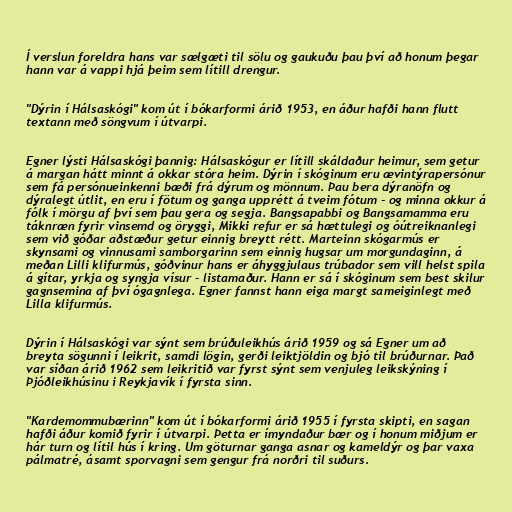
Í verslun foreldra hans var sælgæti til sölu og gaukuðu þau því að honum þegar
hann var á vappi hjá þeim sem lítill drengur.

"Dýrin í Hálsaskógi" kom út í bókarformi árið 1953, en áður hafði hann flutt
textann með söngvum í útvarpi.

Egner lýsti Hálsaskógi þannig: Hálsaskógur er lítill skáldaður heimur, sem getur
á margan hátt minnt á okkar stóra heim. Dýrin í skóginum eru ævintýrapersónur
sem fá persónueinkenni bæði frá dýrum og mönnum. Þau bera dýranöfn og
dýralegt útlit, en eru í fötum og ganga upprétt á tveim fótum - og minna okkur á
fólk í mörgu af því sem þau gera og segja. Bangsapabbi og Bangsamamma eru
táknræn fyrir vinsemd og öryggi, Mikki refur er sá hættulegi og óútreiknanlegi
sem við góðar aðstæður getur einnig breytt rétt. Marteinn skógarmús er
skynsami og vinnusami samborgarinn sem einnig hugsar um morgundaginn, á
meðan Lilli klifurmús, góðvinur hans er áhyggjulaus trúbador sem vill helst spila
á gítar, yrkja og syngja vísur - listamaður. Hann er sá í skóginum sem best skilur
gagnsemina af því ógagnlega. Egner fannst hann eiga margt sameiginlegt með
Lilla klifurmús.

Dýrin í Hálsaskógi var sýnt sem brúðuleikhús árið 1959 og sá Egner um að
breyta sögunni í leikrit, samdi lögin, gerði leiktjöldin og bjó til brúðurnar. Það
var síðan árið 1962 sem leikritið var fyrst sýnt sem venjuleg leikskýning í
Þjóðleikhúsinu i Reykjavík í fyrsta sinn.

"Kardemommubærinn" kom út í bókarformi árið 1955 í fyrsta skipti, en sagan
hafði áður komið fyrir í útvarpi. Þetta er ímyndaður bær og í honum miðjum er
hár turn og lítil hús í kring. Um göturnar ganga asnar og kameldýr og þar vaxa
pálmatré, ásamt sporvagni sem gengur frá norðri til suðurs.